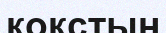
кокстың